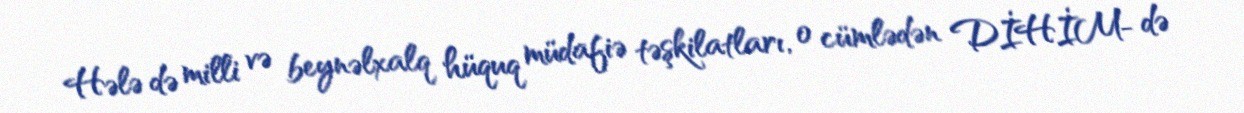
Hələ də milli və beynəlxalq hüquq müdafiə təşkilatları, o cümlədən DİHİM- də